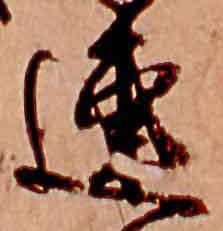
連